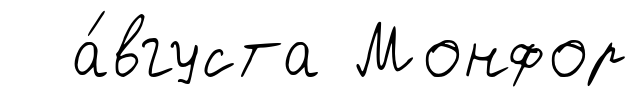
а́вгуста Монфор